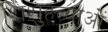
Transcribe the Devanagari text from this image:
शिशुहत्याओं